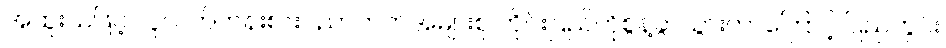
အထူးသဖြင့် လူလတ်တန်းစားပညာတတ်အများစု တိုင်းပြည်ကိုစွန့်ခွာသွားတာကြောင့် ပြည်တွင်း